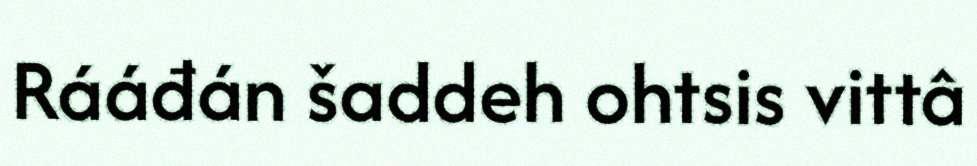
Rááđán šaddeh ohtsis vittâ